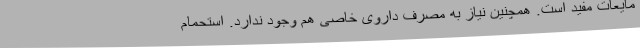
مایعات مفید است. همچنین نیاز به مصرف داروی خاصی هم وجود ندارد. استحمام